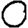
Digit: 0